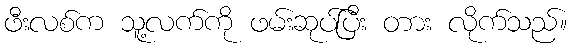
ဖီးလစ်က သူ့လက်ကို ဖမ်းဆုပ်ပြီး တား လိုက်သည်။